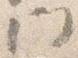
門